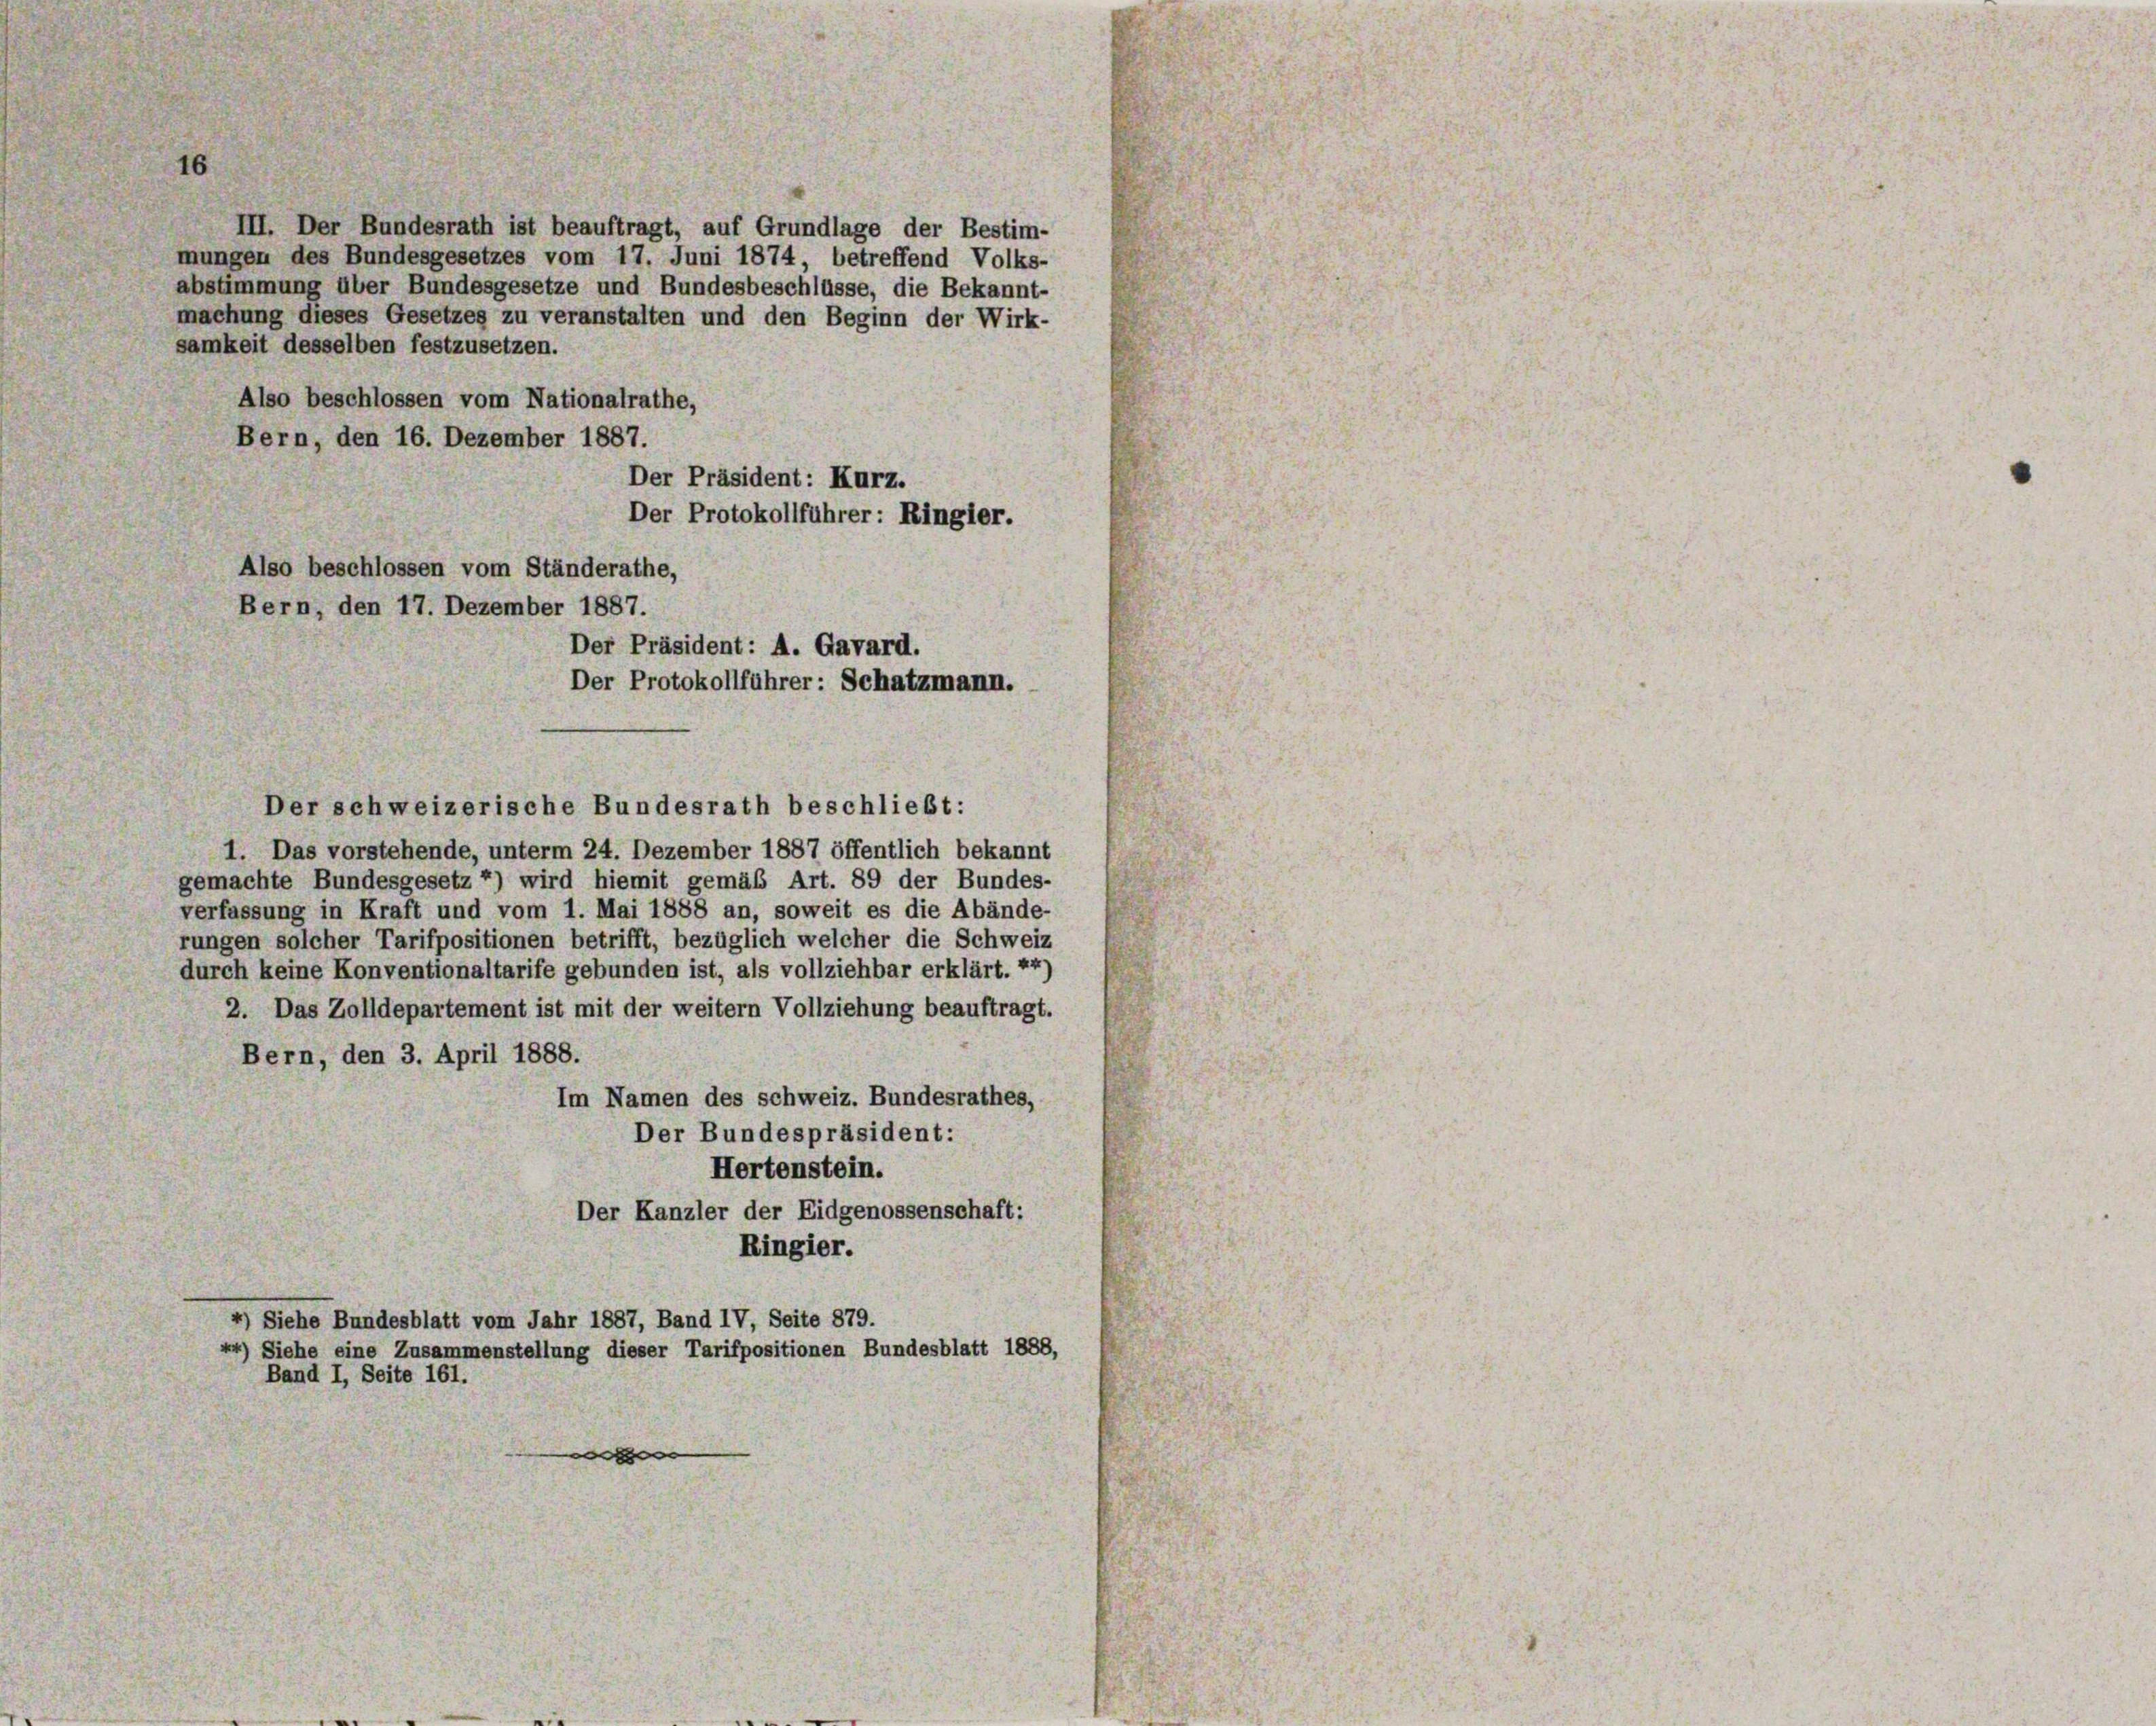
III. Der Bundesrath ist beauftragt, auf Grundlage der Bestim-
mungen des Bundesgesetzes vom 17. Juni 1874, betreffend Volks-
abstimmung über Bundesgesetze und Bundesbeschlüsse, die Bekannt-
machung dieses Gesetzes zu veranstalten und den Beginn der Wirk-
samkeit desselben festzusetzen.
Also beschlossen vom Nationalrathe,
Bern, den 16. Dezember 1887.
Der Präsident: Kurz.
Der Protokollführer: Ringler.
Also beschlossen vom Ständerathe,
Bern, den 17. Dezember 1887.
Der Präsident: A. Gavard.
Der Protokollführer: Schatzmann.

1. Das vorstehende, unterm 24. Dezember 1887 öffentlich bekannt
gemachte Bundesgesetz 4) wird hiemit gemäß Art. 89 der Bundes-
verfassung in Kraft und vom 1. Mai 1888 an, soweit es die Abände-
rungen solcher Tarifpositionen betrifft, bezüglich welcher die Schweiz
durch keine Konventionaltarife gebunden ist, als vollziehbar erklärt. 44)
2. Das Zolldepartement ist mit der weitern Vollziehung beauftragt.
Bern, den 3. April 1888.
Im Namen des Schweiz. Bundesrathes,
Der Bundespräsident:
Hertenstein.
Der Kanzler der Eidgenossenschaft:
Ringier.
4) Siehe Bundesblatt vom Jahr 1887, Band IV, Seite 879.
44) Siehe eine Zusammenstellung dieser Tarifpositionen Bundesblatt 1888,
Band I, Seite 161.

Der schweizerische Bundesrath beschließt: